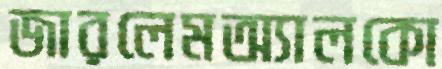
জারলেমঅ্যালকো